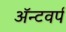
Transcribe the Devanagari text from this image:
ॲन्टवर्प